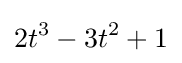
2t^{3}-3t^{2}+1